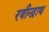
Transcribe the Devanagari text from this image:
रवीन्द्राथ